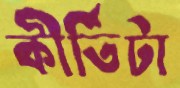
কীর্তিটা